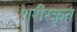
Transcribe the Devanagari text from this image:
शरीरकृत